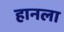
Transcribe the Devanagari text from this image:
हानला